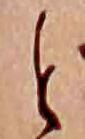
と